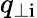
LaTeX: q_{\mathrm{\perp i}}